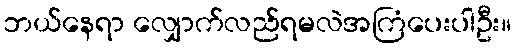
ဘယ်နေရာ လျှောက်လည်ရမလဲအကြံပေးပါဦး။